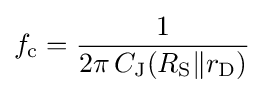
f_{\text{c}}={\frac {1}{2\pi \,C_{\text{J}}(R_{\text{S}}{\mathit {\parallel }}r_{\text{D}})}}\